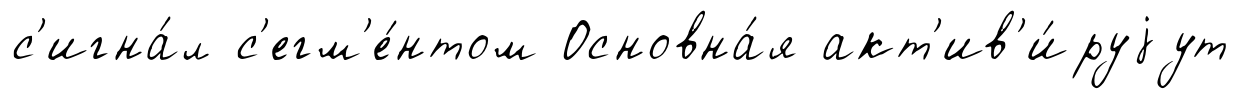
с'игна́л с'егм'е́нтом Основна́я акт'ив'и́руjут